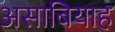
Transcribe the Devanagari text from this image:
असाबियाह